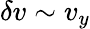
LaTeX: \delta v\sim v_{y}